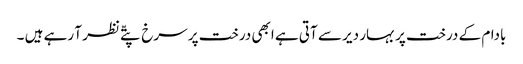
بادام کے درخت پر بہار دیر سے آتی ہے ابھی درخت پر سرخ پتّے نظر آ رہے ہیں ۔